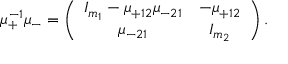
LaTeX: \mu _ { + } ^ { - 1 } \mu _ { - } = \left( \begin{array} { c c } { { I _ { m _ { 1 } } - \mu _ { + 1 2 } \mu _ { - 2 1 } } } & { { - \mu _ { + 1 2 } } } \\ { { \mu _ { - 2 1 } } } & { { I _ { m _ { 2 } } } } \end{array} \right) .